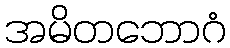
အမိတဘောဂံ